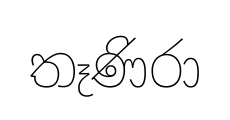
තෑණිරා